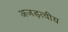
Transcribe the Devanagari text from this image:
अजड़त्वीय